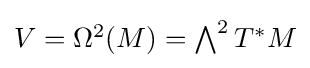
{\textstyle V=\Omega ^{2}(M)=\bigwedge ^{2}T^{*}M}